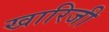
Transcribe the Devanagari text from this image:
खारिजी